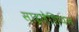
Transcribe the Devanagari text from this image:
साइलेशियन